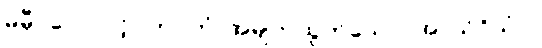
မမှီဝဲလေလင့်။ ကုပိတံ၊ အမျက်ထွက်သော။ အာသိဝိသံဝ၊